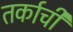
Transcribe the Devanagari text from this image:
तर्काची